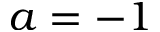
a = - 1